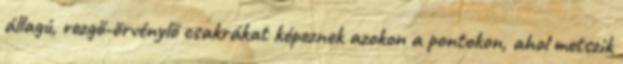
állagú, rezgő-örvénylő csakrákat képeznek azokon a pontokon, ahol metszik